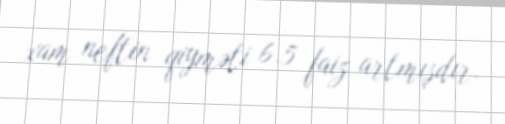
xam neftin qiyməti 6.5 faiz artmışdır.